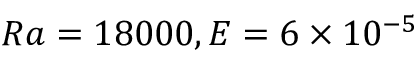
R a = 1 8 0 0 0 , E = 6 \times 1 0 ^ { - 5 }